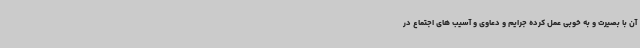
آن با بصیرت و به خوبی عمل کرده جرایم و دعاوی و آسیب های اجتماع در